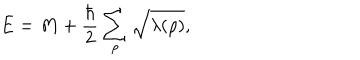
E = M + { \frac { \hbar } { 2 } } \sum _ { \rho } \sqrt { \lambda ( \rho ) } ,